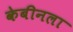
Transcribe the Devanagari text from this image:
केबीनला